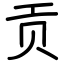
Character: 贡